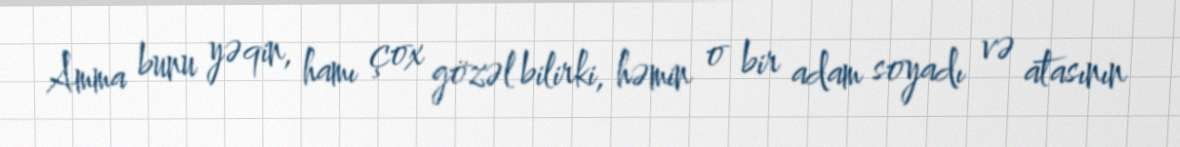
Amma bunu yəqin, hamı çox gözəl bilirki, həmin o bir adam soyadı və atasının